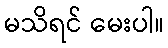
မသိရင် မေးပါ။